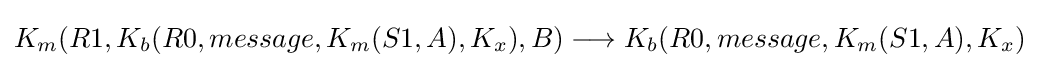
K_{m}(R1,K_{b}(R0,message,K_{m}(S1,A),K_{x}),B)\longrightarrow K_{b}(R0,message,K_{m}(S1,A),K_{x})